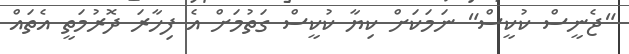
"ޖެނީސް ކުކީސް" ނަމަކަށް ކިޔާ ކުކީސް ގަތުމަށް އެ ފިހާރަ ދޮރުމަތީ އެތައް